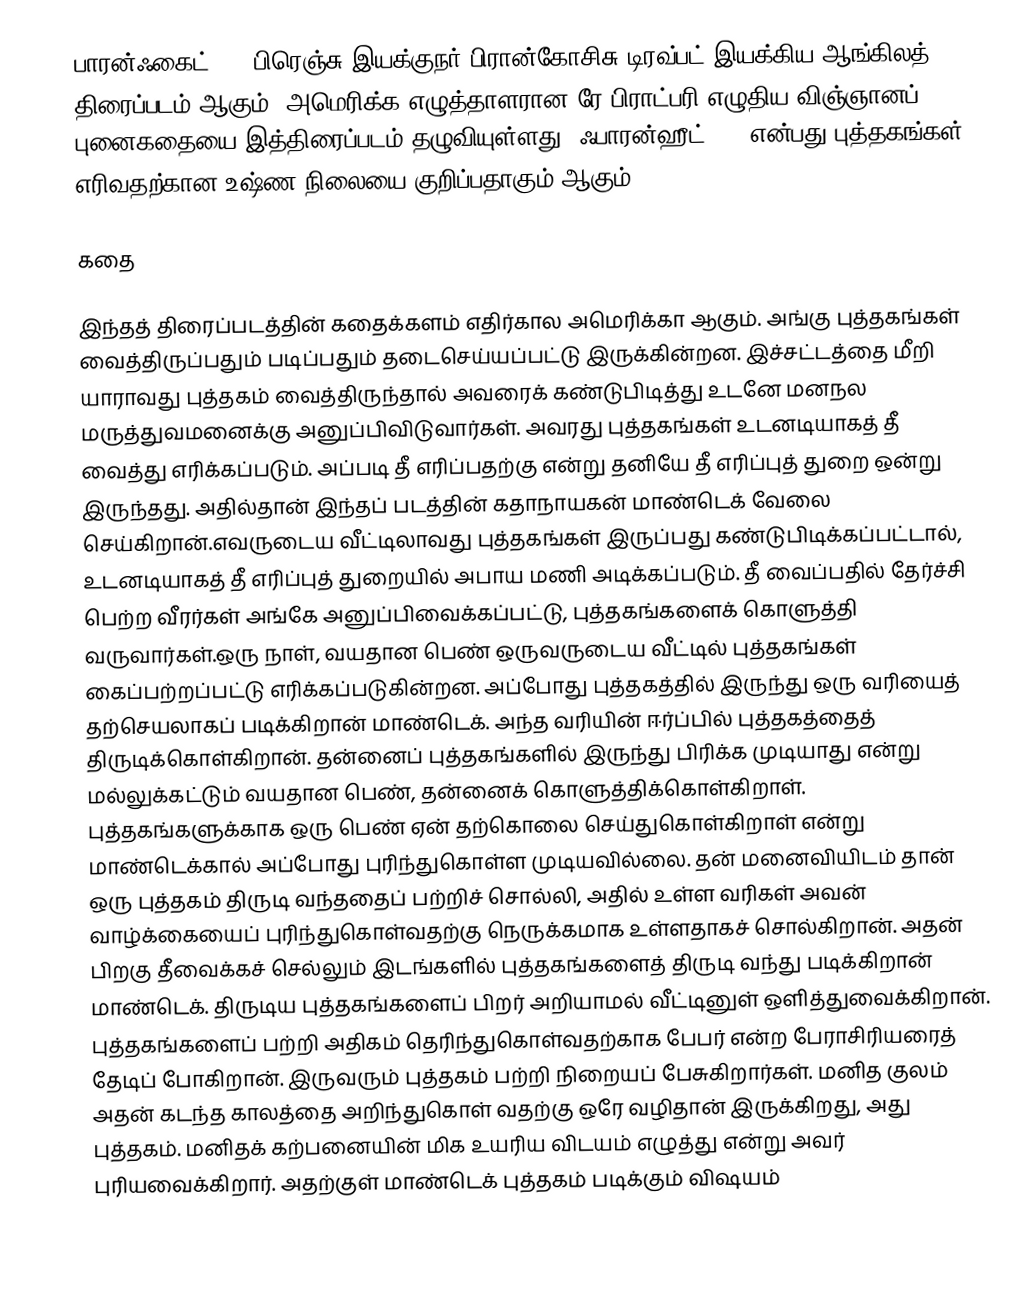
பாரன்ஃகைட் 451 பிரெஞ்சு இயக்குநர்  பிரான்கோசிசு டிரவ்பட் இயக்கிய ஆங்கிலத் திரைப்படம் ஆகும், அமெரிக்க எழுத்தாளரான ரே பிராட்பரி எழுதிய விஞ்ஞானப் புனைகதையை  இத்திரைப்படம் தழுவியுள்ளது. ஃபாரன்ஹீட் 451 என்பது புத்தகங்கள் எரிவதற்கான உஷ்ண நிலையை குறிப்பதாகும் ஆகும்.

கதை

இந்தத் திரைப்படத்தின் கதைக்களம் எதிர்கால அமெரிக்கா ஆகும். அங்கு புத்தகங்கள் வைத்திருப்பதும் படிப்பதும் தடைசெய்யப்பட்டு இருக்கின்றன. இச்சட்டத்தை மீறி யாராவது புத்தகம் வைத்திருந்தால் அவரைக் கண்டுபிடித்து உடனே மனநல மருத்துவமனைக்கு அனுப்பிவிடுவார்கள். அவரது புத்தகங்கள் உடனடியாகத் தீ வைத்து எரிக்கப்படும். அப்படி தீ எரிப்பதற்கு என்று தனியே தீ எரிப்புத் துறை ஒன்று இருந்தது. அதில்தான் இந்தப் படத்தின் கதாநாயகன் மாண்டெக் வேலை செய்கிறான்.எவருடைய வீட்டிலாவது புத்தகங்கள் இருப்பது கண்டுபிடிக்கப்பட்டால், உடனடியாகத் தீ எரிப்புத் துறையில் அபாய மணி அடிக்கப்படும். தீ வைப்பதில் தேர்ச்சி பெற்ற வீரர்கள் அங்கே அனுப்பிவைக்கப்பட்டு, புத்தகங்களைக் கொளுத்தி வருவார்கள்.ஒரு நாள், வயதான பெண் ஒருவருடைய வீட்டில் புத்தகங்கள் கைப்பற்றப்பட்டு எரிக்கப்படுகின்றன. அப்போது புத்தகத்தில் இருந்து ஒரு வரியைத் தற்செயலாகப் படிக்கிறான் மாண்டெக். அந்த வரியின் ஈர்ப்பில் புத்தகத்தைத் திருடிக்கொள்கிறான். தன்னைப் புத்தகங்களில் இருந்து பிரிக்க முடியாது என்று மல்லுக்கட்டும் வயதான பெண், தன்னைக் கொளுத்திக்கொள்கிறாள். புத்தகங்களுக்காக ஒரு பெண் ஏன் தற்கொலை செய்துகொள்கிறாள் என்று மாண்டெக்கால் அப்போது புரிந்துகொள்ள முடியவில்லை. தன் மனைவியிடம் தான் ஒரு புத்தகம் திருடி வந்ததைப் பற்றிச் சொல்லி, அதில் உள்ள வரிகள் அவன் வாழ்க்கையைப் புரிந்துகொள்வதற்கு நெருக்கமாக உள்ளதாகச் சொல்கிறான். அதன் பிறகு தீவைக்கச் செல்லும் இடங்களில் புத்தகங்களைத் திருடி வந்து படிக்கிறான் மாண்டெக். திருடிய புத்தகங்களைப் பிறர் அறியாமல் வீட்டினுள் ஒளித்துவைக்கிறான். புத்தகங்களைப் பற்றி அதிகம் தெரிந்துகொள்வதற்காக பேபர் என்ற பேராசிரியரைத் தேடிப் போகிறான். இருவரும் புத்தகம் பற்றி நிறையப் பேசுகிறார்கள். மனித குலம் அதன் கடந்த காலத்தை அறிந்துகொள் வதற்கு ஒரே வழிதான் இருக்கிறது, அது புத்தகம். மனிதக் கற்பனையின் மிக உயரிய விடயம் எழுத்து என்று அவர் புரியவைக்கிறார். அதற்குள் மாண்டெக் புத்தகம் படிக்கும் விஷயம்